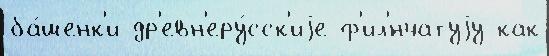
ба́шенк'и др'евн'еру́сск'иjе ф'ил'́нчатуjу как